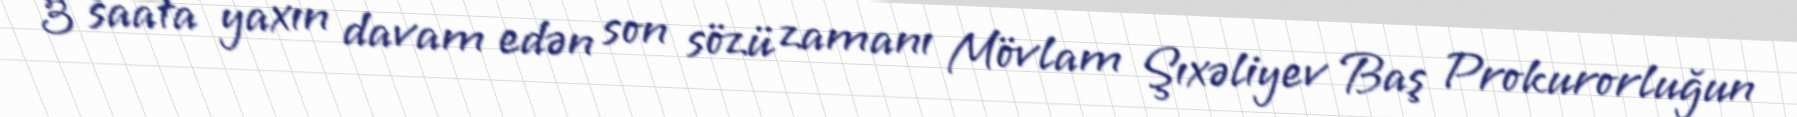
3 saata yaxın davam edən son sözü zamanı Mövlam Şıxəliyev Baş Prokurorluğun